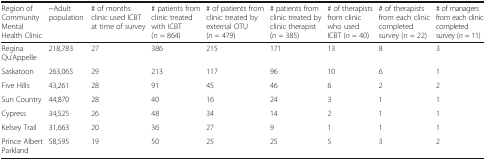
<table><thead><tr><td><b>Region of Community Mental Health Clinic</b></td><td><b>~Adult population</b></td><td><b># of months clinic used ICBT at time of survey</b></td><td><b># patients from clinic treated with ICBT (<i>n</i> = 864)</b></td><td><b># of patients from clinic treated by external OTU (<i>n</i> = 479)</b></td><td><b># patients from clinic treated by clinic therapist (<i>n</i> = 385)</b></td><td><b># of therapists from clinic who used ICBT (<i>n</i> = 40)</b></td><td><b># of therapists from each clinic completed survey (<i>n</i> = 22)</b></td><td><b># of managers from each clinic completed survey (<i>n</i> = 11)</b></td></tr></thead><tbody><tr><td>Regina Qu’Appelle</td><td>218,783</td><td>27</td><td>386</td><td>215</td><td>171</td><td>13</td><td>8</td><td>3</td></tr><tr><td>Saskatoon</td><td>263,065</td><td>29</td><td>213</td><td>117</td><td>96</td><td>10</td><td>6</td><td>1</td></tr><tr><td>Five Hills</td><td>43,261</td><td>28</td><td>91</td><td>45</td><td>46</td><td>6</td><td>2</td><td>2</td></tr><tr><td>Sun Country</td><td>44,870</td><td>28</td><td>40</td><td>16</td><td>24</td><td>3</td><td>1</td><td>1</td></tr><tr><td>Cypress</td><td>34,525</td><td>26</td><td>48</td><td>34</td><td>14</td><td>2</td><td>1</td><td>1</td></tr><tr><td>Kelsey Trail</td><td>31,663</td><td>20</td><td>36</td><td>27</td><td>9</td><td>1</td><td>1</td><td>1</td></tr><tr><td>Prince Albert Parkland</td><td>58,595</td><td>19</td><td>50</td><td>25</td><td>25</td><td>5</td><td>3</td><td>2</td></tr></tbody></table>